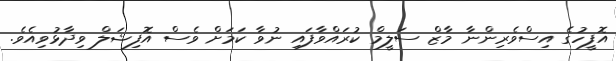
އޮފީހުގެ އިސްވެރިންނާ މާޒް ސަލީމް ކުރައްވާފައި ނުވާ ކަމަށް ވެސް އޮފިޝަލް ވިދާޅުވިއެވެ.